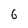
Character: 6